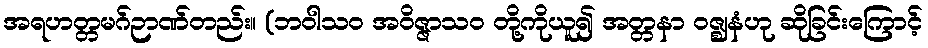
အရဟတ္တမဂ်ဉာဏ်တည်း။ (ဘဝါသဝ အဝိဇ္ဇာသဝ တို့ကိုယူ၍ အတ္တနာ ဝဇ္ဈနံဟု ဆိုခြင်းကြောင့်